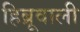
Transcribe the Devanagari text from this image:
हिब्रूवाली